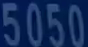
5050